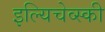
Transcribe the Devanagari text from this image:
इल्यिचेव्स्की